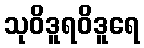
သုဝိဒူရဝိဒူရေ